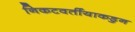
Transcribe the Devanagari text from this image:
निकटवर्तीयाकडुन